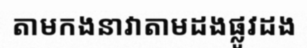
តាមកងនាវាតាមដងផ្លូវដង